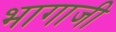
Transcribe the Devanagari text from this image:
भागाजी